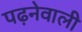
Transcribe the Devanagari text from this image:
पढ़नेवाली